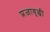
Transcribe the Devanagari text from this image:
प्रजावृद्धी